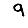
Digit: 9